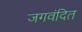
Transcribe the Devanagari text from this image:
जगवंदित